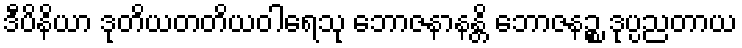
ဒီပိနိယာ ဒုတိယတတိယဝါရေသု ဘောဇနာနန္တိ ဘောဇနဉ္စ ဒုပ္ပညတာယ